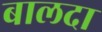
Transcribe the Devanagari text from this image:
बालदा